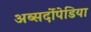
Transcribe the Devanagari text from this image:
अब्सर्दोपेडिया